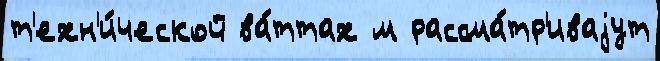
т'ехн'и́ческой ва́ттах м рассма́тр'иваjут